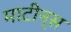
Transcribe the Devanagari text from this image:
माटीन्स